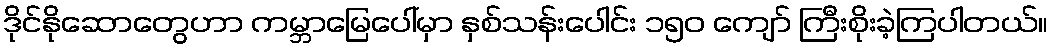
ဒိုင်နိုဆောတွေဟာ ကမ္ဘာမြေပေါ်မှာ နှစ်သန်းပေါင်း ၁၅၀ ကျော် ကြီးစိုးခဲ့ကြပါတယ်။